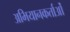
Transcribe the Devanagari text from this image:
अभियानकर्ताओं